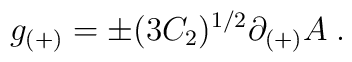
g_{(+)} = \pm (3C_2)^{1/2} \partial_{(+)} A \; .